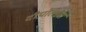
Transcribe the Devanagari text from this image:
दीपोत्सवा